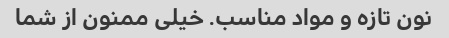
نون تازه و مواد مناسب. خیلی ممنون از شما